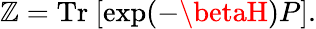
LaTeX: \mathbb{Z}=\mathrm{{Tr}}\ [\exp(-\betaH)P].